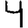
Digit: 4